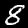
Digit: 8